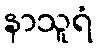
နာသူရံ